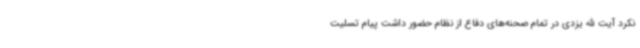
نکرد آیت الله یزدی در تمام صحنه‌های دفاع از نظام حضور داشت پیام تسلیت